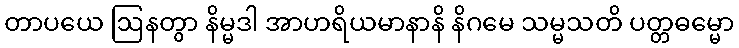
တာပယေ ဩနတွာ နိမ္မဒါ အာဟရိယမာနာနိ နိဂမေ သမ္မသတိ ပတ္တဓမ္မော